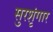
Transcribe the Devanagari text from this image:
सुरशृंगार